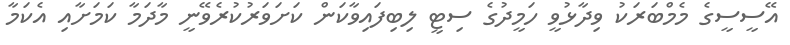
އޭސީސީގެ މެމްބަރަކު ވިދާޅުވީ ހަމީދުގެ ސިޓީ ލިބިފައިވާކަން ކަށަވަރުކުރެވޭނީ މާދަމާ ކަމަށާއި އެކަމާ